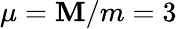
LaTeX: \mu=\mathbf{M}/m=3